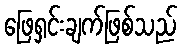
ဖြေရှင်းချက်ဖြစ်သည်